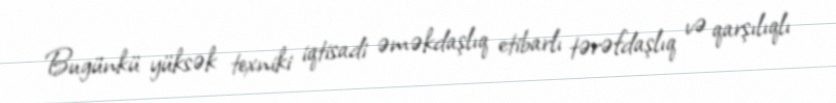
Bugünkü yüksək texniki iqtisadi əməkdaşlıq etibarlı tərəfdaşlıq və qarşılıqlı